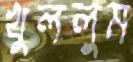
খুললুম